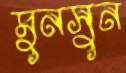
মুনসুন